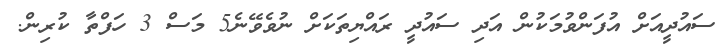
ސައުދީއަށް އުފަންވުމަކުން އަދި ސައުދީ ރައްޔިތަކަށް ނުވެވޭނެ5 މަސް 3 ހަފްތާ ކުރިން.